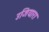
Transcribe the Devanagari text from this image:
उजियारा